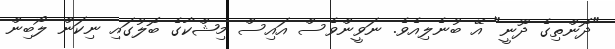
"ދޮންތިގެ ދޫނީ" އޭ ބުނެލިއެވެ. ނަވީންވެސް އައިސް މިޝްކާގެ ބޮލުގައި ނިކަން ލޯބިން